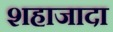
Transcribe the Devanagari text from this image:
शहाजादा